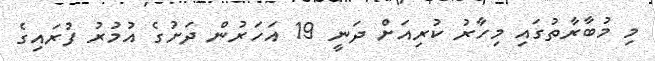
މި މުބާރާތުގައި މިހާރު ކުރިއަށް ދަނީ 19 އަހަރުން ދަށުގެ އުމުރު ފުރައިގެ